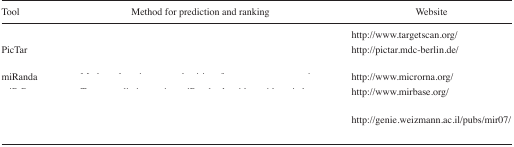
<table><thead><tr><td><b>Tool</b></td><td><b>Method for prediction and ranking</b></td><td><b>Website</b></td></tr></thead><tbody><tr><td>[EMPTY_CELL]</td><td>[EMPTY_CELL]</td><td>http://www.targetscan.org/</td></tr><tr><td>PicTar</td><td>[EMPTY_CELL]</td><td>http://pictar.mdc-berlin.de/</td></tr><tr><td>miRanda</td><td>[EMPTY_CELL]</td><td>http://www.microrna.org/</td></tr><tr><td>[EMPTY_CELL]</td><td>[EMPTY_CELL]</td><td>http://www.mirbase.org/</td></tr><tr><td>[EMPTY_CELL]</td><td>[EMPTY_CELL]</td><td>http://genie.weizmann.ac.il/pubs/mir07/</td></tr></tbody></table>